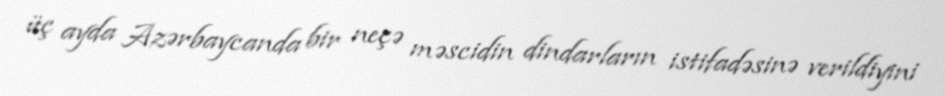
üç ayda Azərbaycanda bir neçə məscidin dindarların istifadəsinə verildiyini